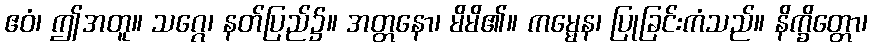
ဧဝံ၊ ဤအတူ။ သဂ္ဂေ၊ နတ်ပြည်၌။ အတ္တနော၊ မိမိ၏။ ကမ္မေန၊ ပြုခြင်းကံသည်။ နိက္ခိတ္တော၊